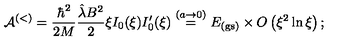
{ \mathcal A } ^ { ( < ) } = \frac { \hbar ^ { 2 } } { 2 M } \frac { \hat { \lambda } B ^ { 2 } } { 2 } \xi I _ { 0 } ( \xi ) I _ { 0 } ^ { \prime } ( \xi ) \stackrel { ( a \rightarrow 0 ) } { = } E _ { \mathrm { ( g s ) } } \times O \left( \xi ^ { 2 } \ln \xi \right) ;